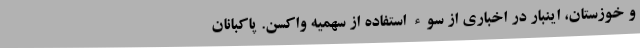
و خوزستان، اینبار در اخباری از سوء استفاده از سهمیه واکسن. پاکبانان